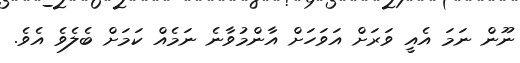
ނޫން ނަމަ އެއީ ވަރަށް އަވަހަށް އާންމުވާނެ ނަމެއް ކަމަށް ބެލެވެ އެވެ.